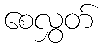
စေလွှတ်